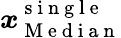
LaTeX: \boldsymbol{x}_{\mathrm{~M~e~d~i~a~n~}}^{\mathrm{~s~i~n~g~l~e~}}